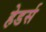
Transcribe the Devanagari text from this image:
हेडर्स